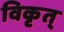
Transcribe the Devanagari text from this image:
विकृत्